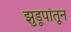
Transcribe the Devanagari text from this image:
झुडूपांतून